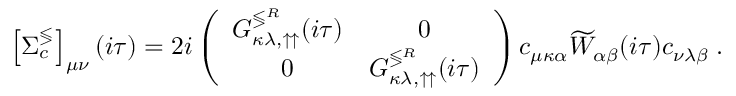
\left[ \Sigma _ { c } ^ { \lessgtr } \right] _ { \mu \nu } ( i \tau ) = 2 i \left( \begin{array} { c c } { G _ { \kappa \lambda , \upuparrows } ^ { \lessgtr ^ { R } } ( i \tau ) } & { 0 } \\ { 0 } & { G _ { \kappa \lambda , \upuparrows } ^ { \lessgtr ^ { R } } ( i \tau ) } \end{array} \right) c _ { \mu \kappa \alpha } \widetilde { W } _ { \alpha \beta } ( i \tau ) c _ { \nu \lambda \beta } \; .